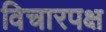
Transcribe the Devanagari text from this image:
विचारपक्ष